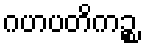
ဂဟပတိကဉ္စ